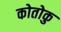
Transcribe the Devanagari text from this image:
कोतोकु